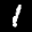
Label: 1